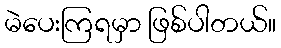
မဲပေးကြရမှာ ဖြစ်ပါတယ်။